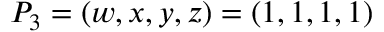
P _ { 3 } = ( w , x , y , z ) = ( 1 , 1 , 1 , 1 )